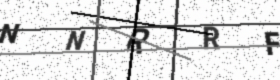
Text: NNRRF